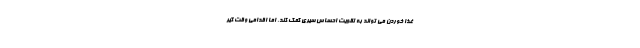
غذا خوردن می تواند به تقویت احساس سیری کمک کند، اما اقدامی وقت گیر